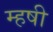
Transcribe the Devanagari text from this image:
म्हषी